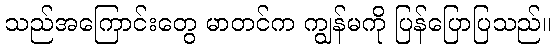
သည်အကြောင်းတွေ မာတင်က ကျွန်မကို ပြန်ပြောပြသည်။